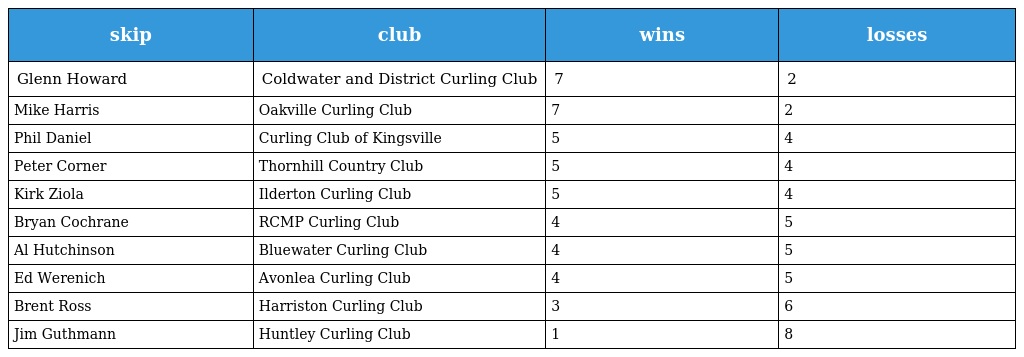
| skip | club | wins | losses |
 | --- | --- | --- | --- |
 | Glenn Howard | Coldwater and District Curling Club | 7 | 2 |
 | Mike Harris | Oakville Curling Club | 7 | 2 |
 | Phil Daniel | Curling Club of Kingsville | 5 | 4 |
 | Peter Corner | Thornhill Country Club | 5 | 4 |
 | Kirk Ziola | Ilderton Curling Club | 5 | 4 |
 | Bryan Cochrane | RCMP Curling Club | 4 | 5 |
 | Al Hutchinson | Bluewater Curling Club | 4 | 5 |
 | Ed Werenich | Avonlea Curling Club | 4 | 5 |
 | Brent Ross | Harriston Curling Club | 3 | 6 |
 | Jim Guthmann | Huntley Curling Club | 1 | 8 |